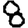
Digit: 8